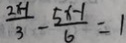
\frac { 2 x - 1 } { 3 } - \frac { 5 x - 1 } { 6 } = 1